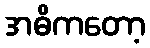
အဓိကတော့